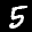
Label: 5